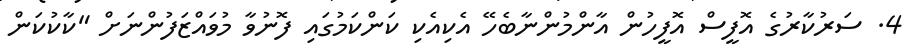
4. ސަރުކާރުގެ އޮފީސް އޮފީހުން އާންމުންނާބެހޭ އެކިއެކި ކަންކަމުގައި ފޮނުވާ މުވައްޒަފުންނަށް "ކާކުކަން